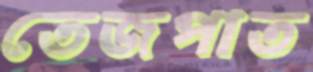
তেজপাত